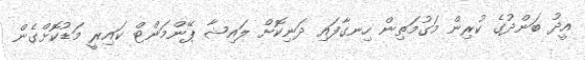
އީދު ބަންދުގެ ކުރިން މަގުމަތިން ހިނގާފައި ދަނިކޮށް ލައިޝާ ޕޭންމަންޓް ކައިރީ މަޑުކޮށްގެން